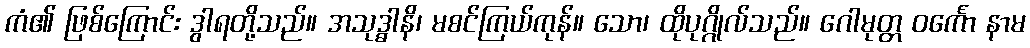
ကံ၏ ဖြစ်ကြောင်း ဒွါရတို့သည်။ အသုဒ္ဓါနိ၊ မစင်ကြယ်ကုန်။ သော၊ ထိုပုဂ္ဂိုလ်သည်။ ဂေါမုတ္တ ဝင်္ကော နာမ